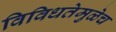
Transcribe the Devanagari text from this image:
विविधतेमुळेच